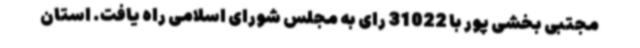
مجتبی بخشی پور با 31022 رای به مجلس شورای اسلامی راه یافت. استان